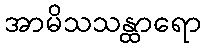
အာမိသသန္ထာရော